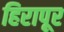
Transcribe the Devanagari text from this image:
हिरापूर